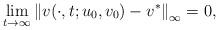
LaTeX: \begin{align*}\lim_{t\to\infty}\left\|v(\cdot,t;u_0,v_0)-v^*\right\|_\infty=0,\end{align*}